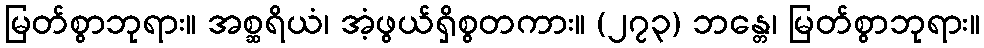
မြတ်စွာဘုရား။ အစ္ဆရိယံ၊ အံ့ဖွယ်ရှိစွတကား။ (၂၇၃) ဘန္တေ၊ မြတ်စွာဘုရား။